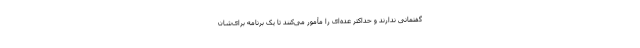
گفتمانی ندارند و حداکثر عده‌ای را مأمور می‌کنند تا یک برنامه برای‌شان